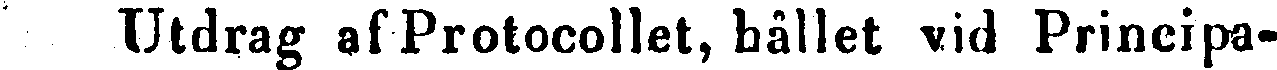
Utdrag af Protocollet, hållet vid Principa-